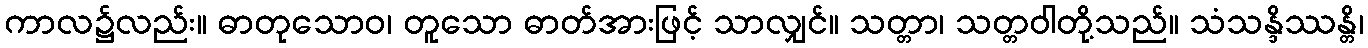
ကာလ၌လည်း။ ဓာတုသောဝ၊ တူသော ဓာတ်အားဖြင့် သာလျှင်။ သတ္တာ၊ သတ္တဝါတို့သည်။ သံသန္ဒိဿန္တိ၊